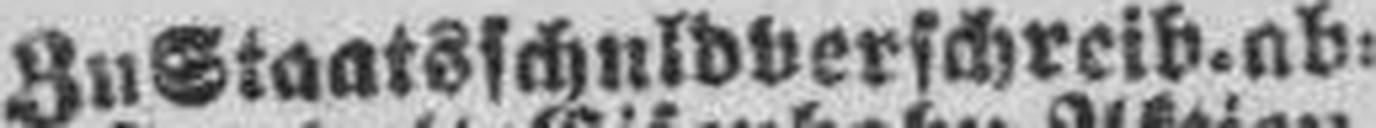
Zu Staatschuldverschreib. ab¬